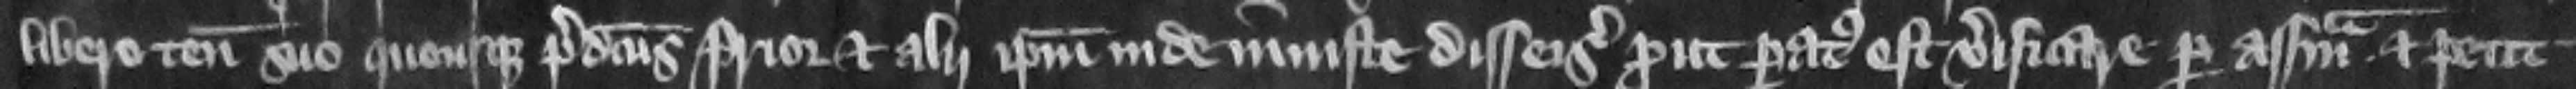
libero tenemento suo quousque predictus prior et alii ipsum inde iniuste disseisiuerunt prout paratus est verificare per assisam. Et petit